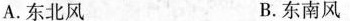
A.东北风 B.东南风